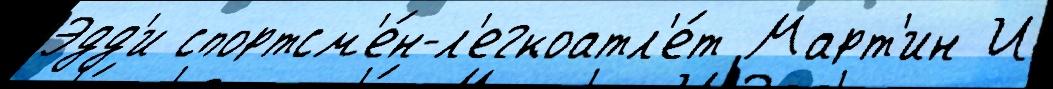
Эдд'и спортсм'е́н-л'егкоатл'е́т Март'ин И